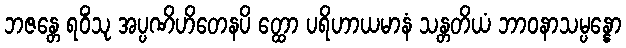
ဘဇန္တေ ရဝိံသု အပ္ပဏိဟိတေနပိ တ္ထော ပရိဟာယမာနံ သန္တတိယံ ဘာဝနာသမ္ပန္နော